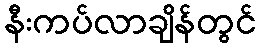
နီးကပ်လာချိန်တွင်